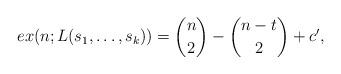
LaTeX: \begin{align*}ex(n;L(s_1,\ldots,s_k)) = \binom{n}{2}-\binom{n-t}{2}+c',\end{align*}